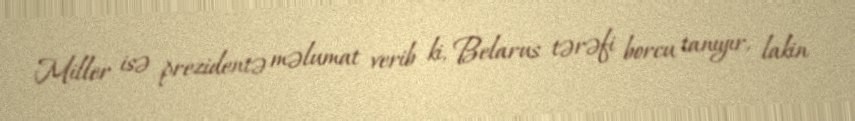
Miller isə prezidentə məlumat verib ki, Belarus tərəfi borcu tanıyır, lakin